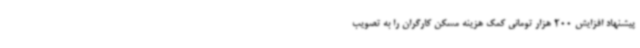
پیشنهاد افزایش 200 هزار تومانی کمک هزینه مسکن کارگران را به تصویب